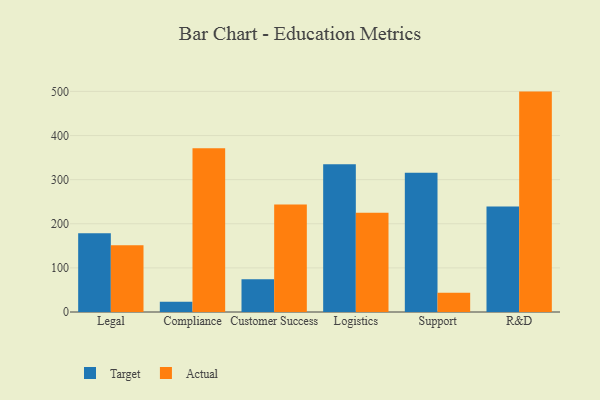
{"axis": {"x": "Department", "y": "Churn Rate (%)"}, "legend": ["Actual", "Target"], "data": [{"x": "Legal", "y": 178.7, "type": "Target"}, {"x": "Legal", "y": 151.4, "type": "Actual"}, {"x": "Compliance", "y": 23.3, "type": "Target"}, {"x": "Compliance", "y": 371.4, "type": "Actual"}, {"x": "Customer Success", "y": 74.1, "type": "Target"}, {"x": "Customer Success", "y": 243.9, "type": "Actual"}, {"x": "Logistics", "y": 335.0, "type": "Target"}, {"x": "Logistics", "y": 225.2, "type": "Actual"}, {"x": "Support", "y": 315.5, "type": "Target"}, {"x": "Support", "y": 43.6, "type": "Actual"}, {"x": "R&D", "y": 238.9, "type": "Target"}, {"x": "R&D", "y": 499.6, "type": "Actual"}]}